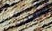
لقتلي